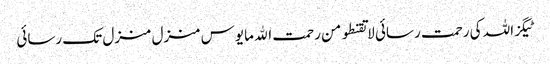
ٹیگزاللہ کی رحمت رسائی لا تقنطو من رحمت الله مایوس منزل منزل تک رسائی